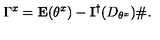
\Gamma ^ { x } = \mathbf { E } ( \theta ^ { x } ) - \mathbf { I } ^ { \dagger } ( D _ { \theta ^ { x } } ) \# .